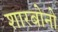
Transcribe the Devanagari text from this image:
शारबोनो